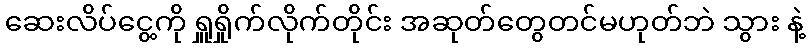
ဆေးလိပ်ငွေ့ကို ရှူရှိုက်လိုက်တိုင်း အဆုတ်တွေတင်မဟုတ်ဘဲ သွား နဲ့